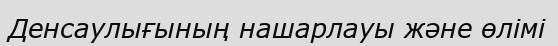
Денсаулығының нашарлауы және өлімі